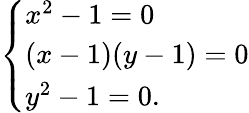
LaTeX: \left\{ \begin{array}{ll}{x^{2}-1=0}\\ {(x-1)(y-1)=0}\\ {y^{2}-1=0.}\end{array}\right.